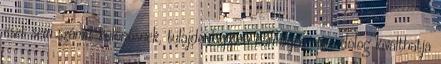
eset sem számít különösnek, tulajdonképpen bármilyen apró dolog kiválthatja